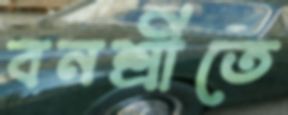
বনশ্রীতে